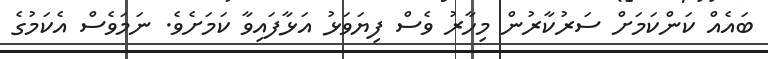
ބައެއް ކަންކަމަށް ސަރުކާރުން މިހާރު ވެސް ފިޔަވަޅު އަޅާފައިވާ ކަމަށެވެ. ނަމަވެސް އެކަމުގެ